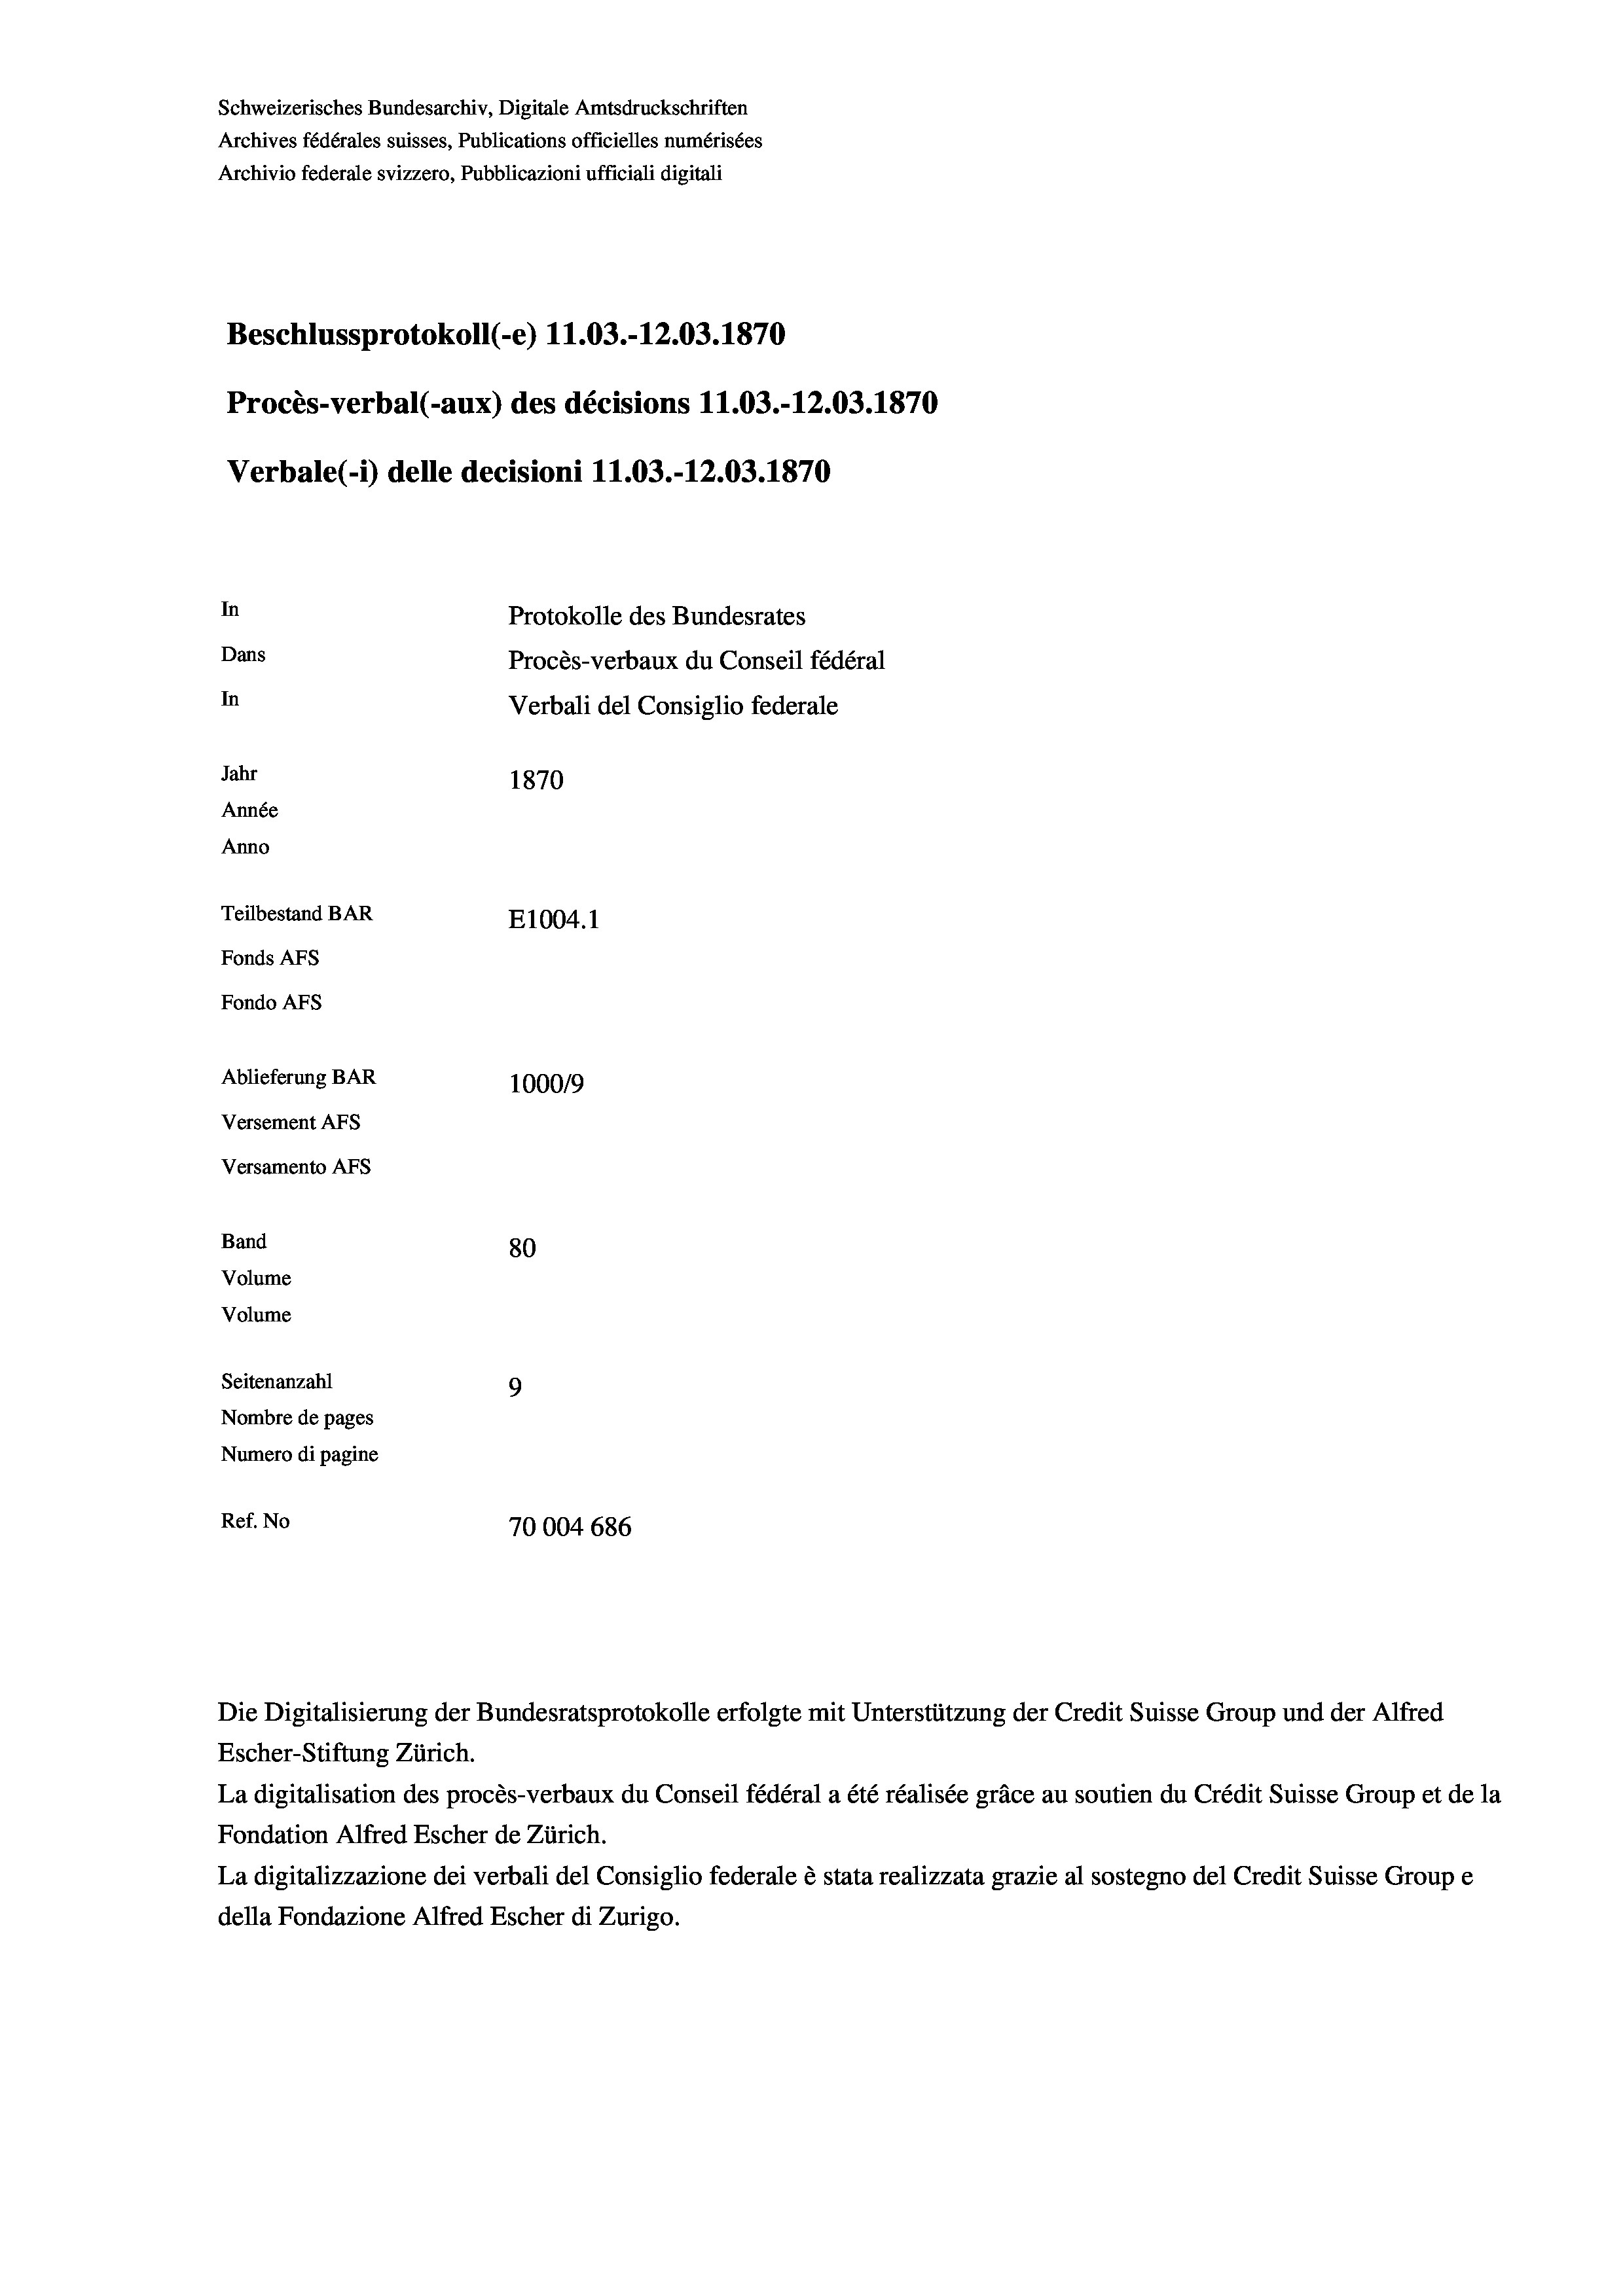
Schweizerisches Bundesarchiv, Digitale Amtsdruckschriften
Archives fédérales suisses, Publications officielles numérisées
Archivio federale svizzero, Pubblicazioni ufficiali digitali
Beschlussprotokoll (-e) 11.03.-12.03. 1870
Procès-verbal (-aux) des décisions 11.03.-12.03. 1870
Verbale (- 1) delle decisioni 11.03.-12.03. 1870
In
Protokolle des Bundesrates
Dans
Procès-verbaux du Conseil fédéral
In
Verbali del Consiglio federale
Jahr
1870
Année
Anno
Teilbestand BAR
E1004.1
Fonds AFs
Fondo AFs
Ablieferung BAR
100019
Versement AFs
Versamento AFs
Band
80
Volume
Volume

Escher-Stiftung Zürich.
La digitalisation des procès-verbaux du Conseil fédéral a été réalisée gräce au soutien du Crédit Suisse Group et de la
Fondation Alfred Escher de Zürich.
La digitalizzazione dei verbali del Consiglio federale è stata realizzata grazie al sostegno del Credit Suisse Groupe
della Fondazione Alfred Escher di Zurigo.

Seitenanzahl
9
Nombre de pages
Numero di pagine
Ref. No
70004 686

Die Digitalisierung der Bundesratsprotokolle erfolgte mit Unterstützung der Credit Suisse Group und der Alfred